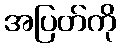
အပြတ်ကို